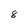
Character: 8